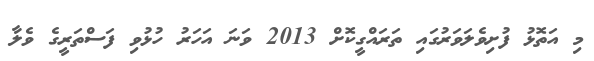
މި އަތޮޅު ފުށިވެލަވަރުގައި ތަރައްގީކޮށް 2013 ވަނަ އަހަރު ހުޅުވި ފަސްތަރީގެ ވެލާ